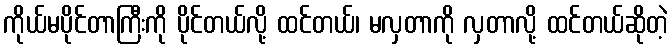
ကိုယ်မပိုင်တာကြီးကို ပိုင်တယ်လို့ ထင်တယ်၊ မလှတာကို လှတာလို့ ထင်တယ်ဆိုတဲ့